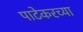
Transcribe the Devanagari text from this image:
पाटेकरच्या